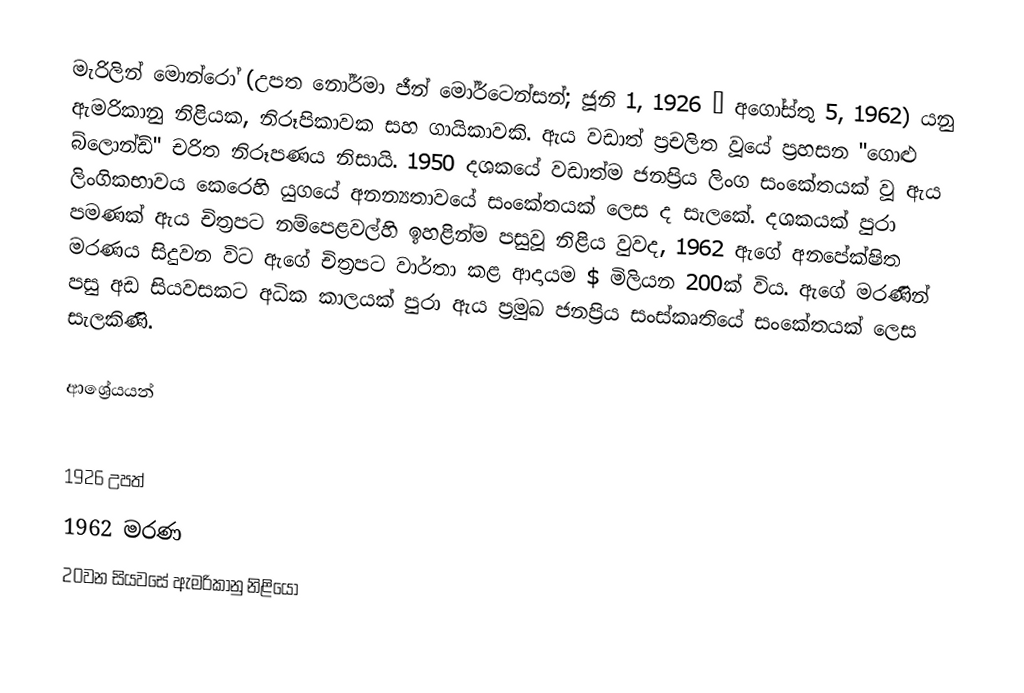
මැරිලින් මොන්රෝ (උපත නෝර්මා ජීන් මෝර්ටෙන්සන්; ජූනි 1, 1926 – අගෝස්තු 5, 1962) යනු ඇමරිකානු නිළියක, නිරූපිකාවක සහ ගායිකාවකි. ඇය වඩාත් ප්‍රචලිත වූයේ ප්‍රහසන "ගොළු බ්ලොන්ඩ්" චරිත නිරූපණය නිසායි. 1950 දශකයේ වඩාත්ම ජනප්‍රිය ලිංග සංකේතයක් වූ ඇය ලිංගිකභාවය කෙරෙහි යුගයේ අනන්‍යතාවයේ සංකේතයක් ලෙස ද සැලකේ. දශකයක් පුරා පමණක් ඇය චිත්‍රපට නම්පෙළවල්හි ඉහළින්ම පසුවූ නිළිය වුවද, 1962 ඇගේ අනපේක්ෂිත මරණය සිදුවන විට ඇගේ චිත්‍රපට වාර්තා කළ ආදායම $ මිලියන 200ක් විය. ඇගේ මරණින් පසු අඩ සියවසකට අධික කාලයක් පුරා ඇය ප්‍රමුඛ ජනප්‍රිය සංස්කෘතියේ සංකේතයක් ලෙස සැලකිණි.

ආශ්‍රේයයන්

1926 උපත්
1962 මරණ
20වන සියවසේ ඇමරිකානු නිළියෝ